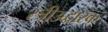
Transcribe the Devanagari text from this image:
स्त्रीउद्धारक